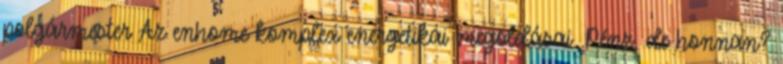
polgármester Az enhome komplex energetikai megoldásai. Pénz, de honnan?